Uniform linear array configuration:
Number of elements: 4
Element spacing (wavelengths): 0.5
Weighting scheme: cosine
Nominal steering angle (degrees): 45
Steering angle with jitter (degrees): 44.203
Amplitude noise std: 0.05
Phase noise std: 0.05

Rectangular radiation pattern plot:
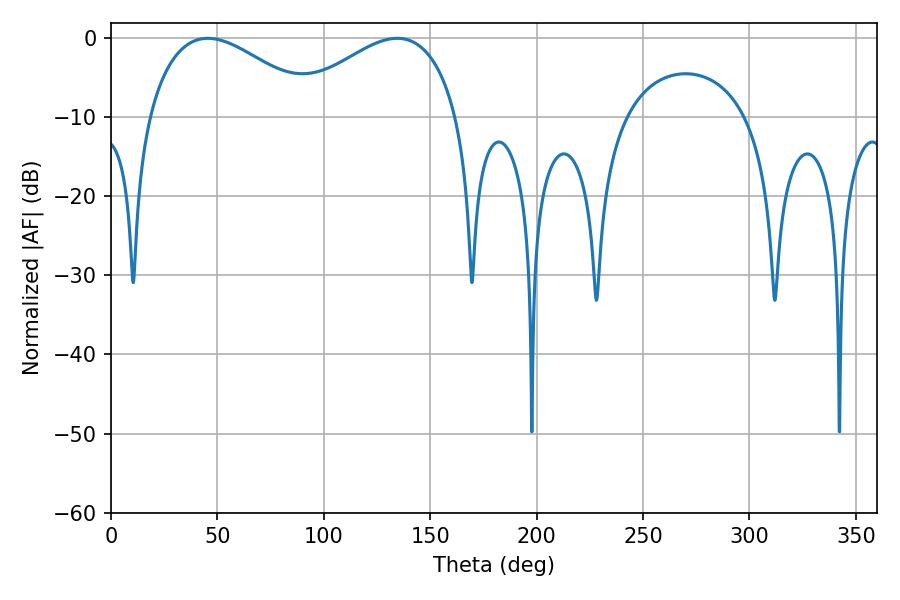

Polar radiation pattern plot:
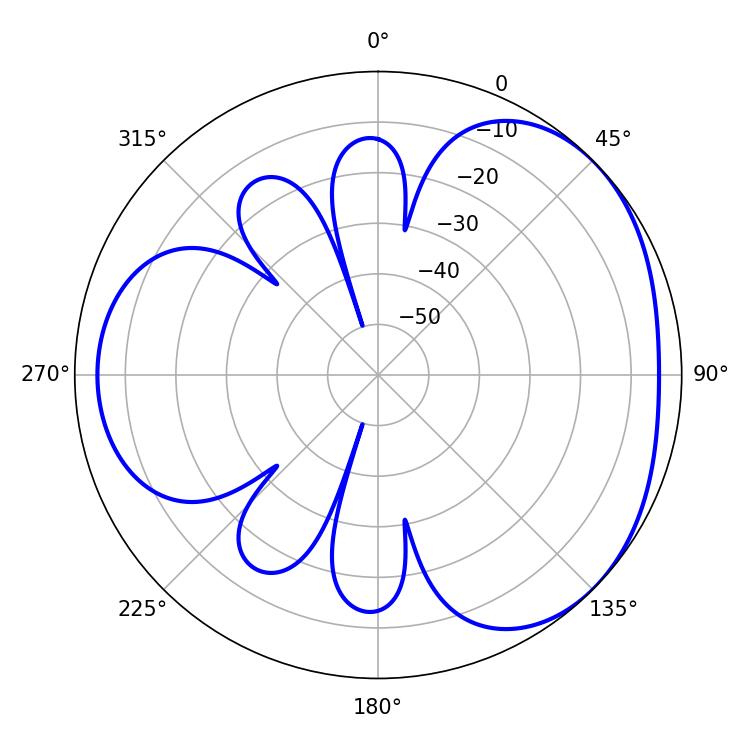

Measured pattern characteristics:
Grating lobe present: FALSE
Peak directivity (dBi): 3.331
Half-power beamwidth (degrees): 43.74
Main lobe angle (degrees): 45.54